Annual report on the working of the Harcourt Butler Institute of Public Health, Rangoon
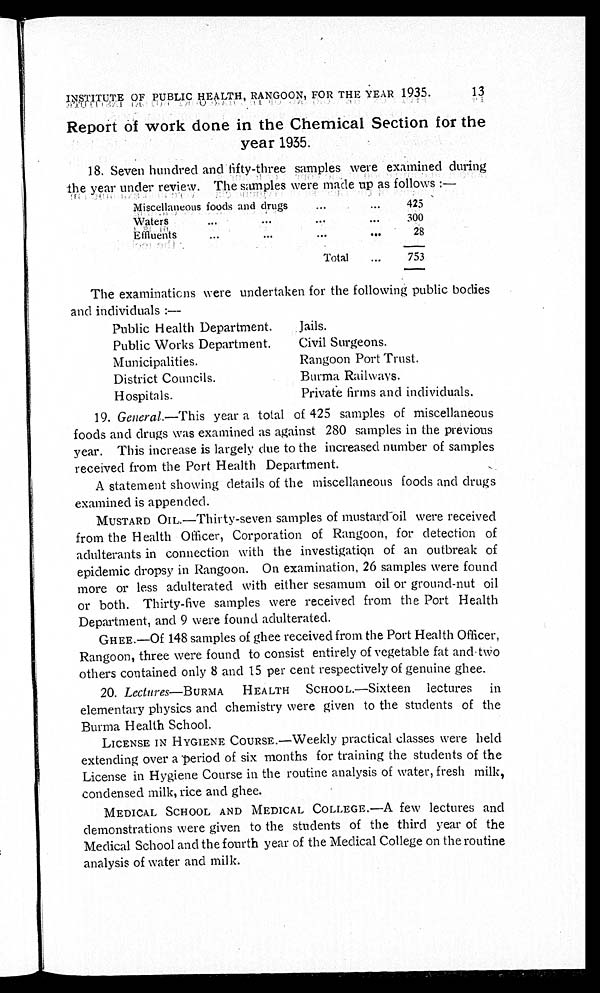
13
INSTITUTE OF PUBLIC HEALTH, RANGOON, FOR THE YEAR 1935.
Report of work done in the Chemical Section for the
year 1935.
18. Seven hundred and fifty-three samples were examined during
the year under review. The samples were made up as follows:—
Miscellaneous foods and drugs . . .
425
Waters . . .
300
Effluents . . .
28
Total . . .
753
The examinations were undertaken for the following public bodies
and individuals:—
Public Health Department.
Jails.
Public Works Department.
Civil Surgeons.
Municipalities.
Rangoon Port Trust.
District Councils.
Burma Railways.
Hospitals.
Private firms and individuals.
19. General.— This year a total of 425 samples of miscellaneous
foods and drugs was examined as against 280 samples in the previous
year. This increase is largely due to the increased number of samples
received from the Port Health Department.
A statement showing details of the miscellaneous foods and drugs
examined is appended.
MUSTARD OIL.—Thirty-seven samples of mustard oil were received
from the Health Officer, Corporation of Rangoon, for detection of
adulterants in connection with the investigation of an outbreak of
epidemic dropsy in Rangoon. On examination, 26 samples were found
more or less adulterated with either sesamum oil or ground-nut oil
or both. Thirty-five samples were received from the Port Health
Department, and 9 were found adulterated.
GHEE.—Of 148 samples of ghee received from the Port Health Officer,
Rangoon, three were found to consist entirely of vegetable fat and two
others contained only 8 and 15 per cent respectively of genuine ghee.
20. Lectures—BURMA
HEALTH SCHOOL.—Sixteen lectures in
elementary physics and chemistry were given to the students of the
Burma Health School.
LICENSE IN HYGIENE COURSE.—Weekly practical classes were held
extending over a period of six months for training the students of the
License in Hygiene Course in the routine analysis of water, fresh milk,
condensed milk, rice and ghee.
MEDICAL SCHOOL AND MEDICAL COLLEGE.—A few lectures and
demonstrations were given to the students of the third year of the
Medical School and the fourth year of the Medical College on the routine
analysis of water and milk.